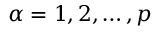
\alpha = 1 , 2 , \ldots , p